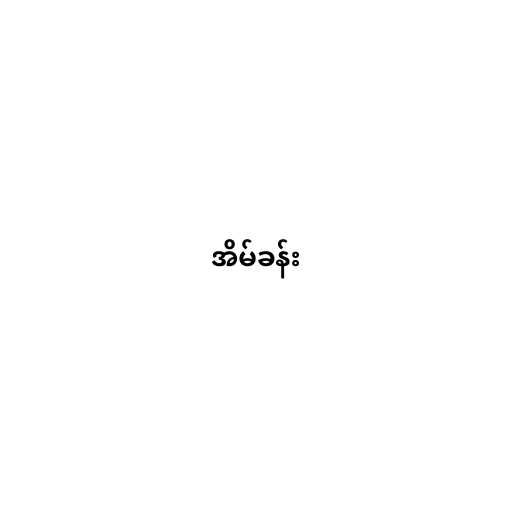
အိမ်ခန်း